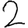
Digit: 2